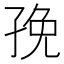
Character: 㝃